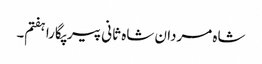
شاہ مردان شاہ ثانی پیر پگارا ہفتم۔